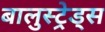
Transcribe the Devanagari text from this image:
बालुस्‍ट्रेड्स